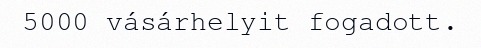
5000 vásárhelyit fogadott.